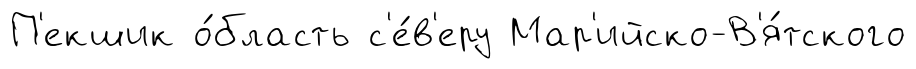
П'екшик о́бласть с'е́в'еру Мар'ийско-В'я́тского